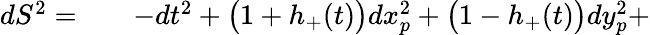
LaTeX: \begin{array}{rlr}{dS^{2}=}&{{}}&{-dt^{2}+\bigl(1+h_{+}(t)\bigr)dx_{p}^{2}+\bigl(1-h_{+}(t)\bigr)dy_{p}^{2}+}\end{array}